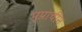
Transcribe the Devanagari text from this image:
प्प्राचीन